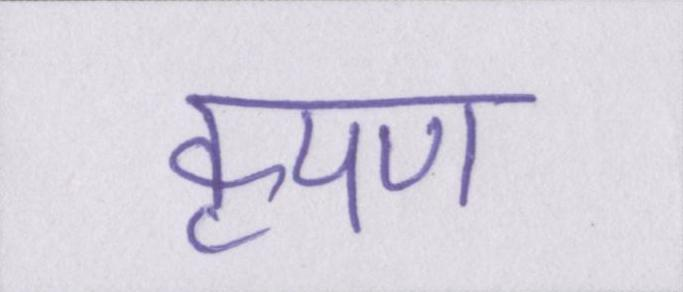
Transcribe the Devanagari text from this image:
कृपण